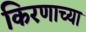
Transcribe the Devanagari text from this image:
किरणाच्या